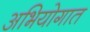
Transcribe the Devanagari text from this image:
अभियोगात